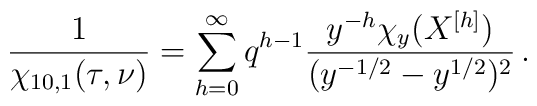
\frac{1}{\chi_{10,1}(\tau,\nu)} = \sum_{h=0}^\infty q^{h-1}  \frac{y^{-h} \chi_y(X^{[h]})}  {(y^{-1/2}-y^{1/2})^2}\,.